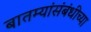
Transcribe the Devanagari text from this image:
बातम्यांसंबंधीच्या